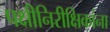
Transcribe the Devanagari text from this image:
पक्षीनिरीक्षिकांना